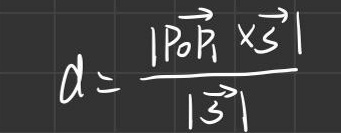
\[d = \frac{\vert\overrightarrow{POR} \times \overrightarrow{S}\vert}{\vert\overrightarrow{S}\vert}\]